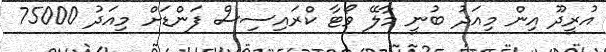
އުރީދޫ އިން މިއަދު ބުނީ މާލޭ ވޯޓާ ކްރައިސިސް ފަންޑަށް މިއަދު 75000